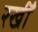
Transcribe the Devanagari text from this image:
रखीँ